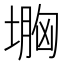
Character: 𡏠